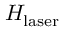
H _ { \mathrm { l a s e r } }